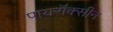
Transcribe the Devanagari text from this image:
पायरॉक्सीन